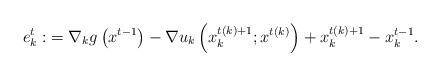
LaTeX: \begin{align*}e^t_k:&=\nabla_kg\left(x^{t-1}\right)-\nabla u_k\left(x^{t(k)+1}_k; x^{t(k)}\right)+x^{t(k)+1}_k-x_k^{t-1}.\end{align*}